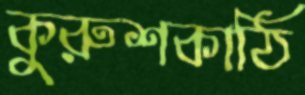
কুরুশকাঠি